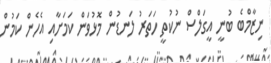
ނިޒާމްބެ ބުނީ އީގަލްސް ނުކުތީ ހަތަރު ލަނޑުން މޮޅުވަން ކަމަށާއި އެހެން ކަމުން